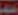
من